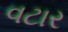
વટાર